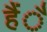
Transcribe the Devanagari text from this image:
हैंै